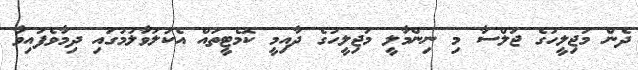
ދެން މަޖިލީހުގެ ޖަލްސާ މި ނިންމާލީ މަޖިލީހުގެ ދާއިމީ ކޮމެޓީތައް އެކުލަވާލުމުގައި ދިމާވެފައިވާ